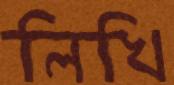
লিখি